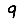
Digit: 9